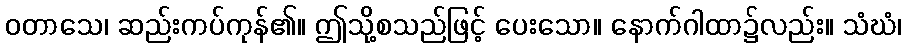
ဝတာသေ၊ ဆည်းကပ်ကုန်၏။ ဤသို့စသည်ဖြင့် ပေးသော။ နောက်ဂါထာ၌လည်း။ သံဃံ၊